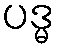
ပဒ္မ